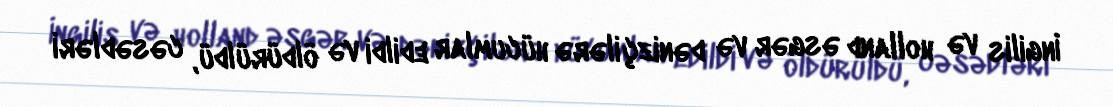
İngilis və holland əsgər və dənizçilərə hücumlar edildi və öldürüldü, cəsədləri